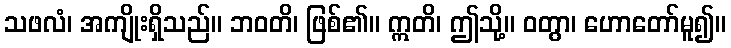
သဖလံ၊ အကျိုးရှိသည်။ ဘဝတိ၊ ဖြစ်၏။ ဣတိ၊ ဤသို့။ ဝတွာ၊ ဟောတော်မူ၍။